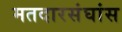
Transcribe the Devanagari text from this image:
मतदारसंघांस